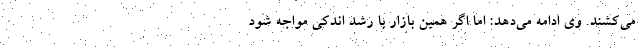
می‌کشند. وی ادامه می‌دهد: اما اگر همین بازار با رشد اندکی مواجه شود